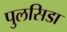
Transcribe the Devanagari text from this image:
पुलसिडा